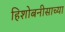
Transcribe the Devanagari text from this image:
हिशोबनीसाच्या